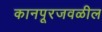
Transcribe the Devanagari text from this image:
कानपूरजवळील